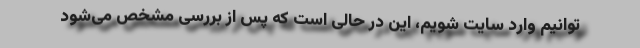
توانیم وارد سایت شویم، این در حالی است که پس از بررسی مشخص می‌شود